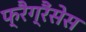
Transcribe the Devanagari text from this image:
फ्रैग्रैंसेस